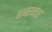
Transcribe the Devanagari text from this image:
बाबरनंतर